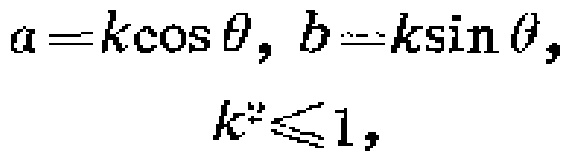
\(a = k\cos\theta, b = k\sin\theta,\)

\(k^{2}\leqslant1,\)